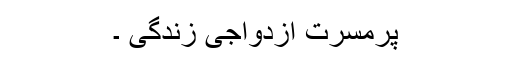
پُرمسرت ازدواجی زندگی ۔